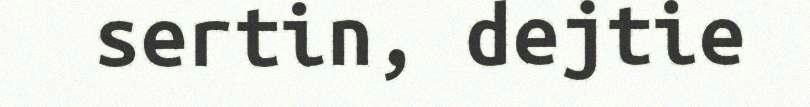
sertin, dejtie